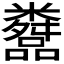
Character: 𬖿